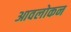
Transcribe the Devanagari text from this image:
आवलोकन